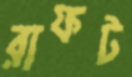
রাফট